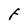
Character: F